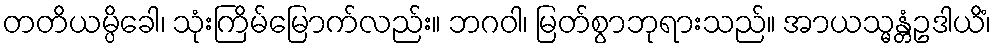
တတိယမ္ပိခေါ၊ သုံးကြိမ်မြောက်လည်း။ ဘဂဝါ၊ မြတ်စွာဘုရားသည်။ အာယသ္မန္တံဥဒါယိံ၊